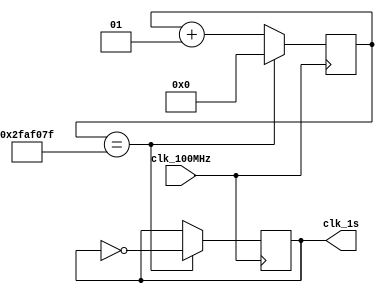
`timescale 1ns / 1ps
//////////////////////////////////////////////////////////////////////////////////
// Company: 
// Engineer: 
// 
// Design Name: 
// Module Name: clk_1s
// Project Name: 
// Target Devices: 
// Tool Versions: 
// Description: 
// 
// Dependencies: 
// 
// Revision:
// Revision 0.01 - File Created
// Additional Comments:
// 
//////////////////////////////////////////////////////////////////////////////////


module clkdiv_1s(
   input clk_100MHz,
   output clk_1s
   );
   parameter [30:0] clk_mode=31'd100000000;
   reg Clk=0;
   reg flag=0;
   reg Is_Odd=0;
   integer Count=0;
   
   always @(negedge clk_100MHz)
        begin
            Is_Odd=clk_mode[0];
            if(Count==clk_mode/2)
                flag=1;
            else
                flag=0;
        end
        
   always @(posedge clk_100MHz)
      begin
        if(Is_Odd)
            if(Count==clk_mode-1)
                begin
                    Count=0;
                    Clk=~Clk;
                end
            else if(Count==clk_mode/2)
                begin
                    Count=Count+1;
                    Clk=~Clk;
                end
            else
                Count=Count+1;
       else
            if(Count==clk_mode/2-1)
                begin
                     Count=0;
                     Clk=~Clk;
                end
            else
                Count=Count+1;
      end
   
   assign clk_1s=Clk|(flag&Is_Odd);
endmodule